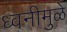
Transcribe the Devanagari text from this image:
ध्वनीमुळे